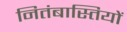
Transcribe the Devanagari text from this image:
नितंबास्तियों